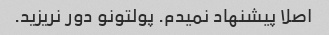
اصلا پیشنهاد نمیدم. پولتونو دور نریزید.